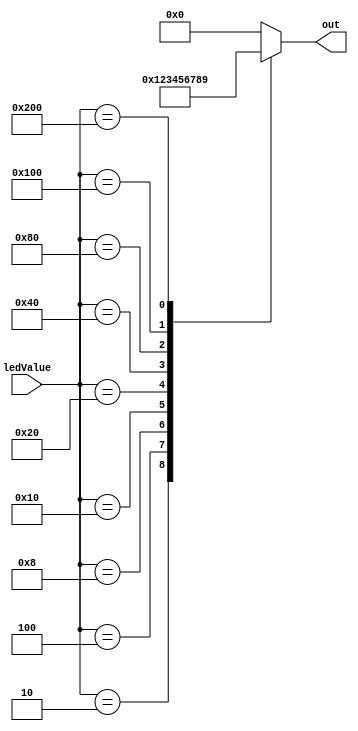
/*
   This file was generated automatically by Alchitry Labs version 1.2.0.
   Do not edit this file directly. Instead edit the original Lucid source.
   This is a temporary file and any changes made to it will be destroyed.
*/

module conversionAnswerLed_1 (
    input [9:0] ledValue,
    output reg [3:0] out
  );
  
  
  
  always @* begin
    
    case (ledValue)
      10'h001: begin
        out = 1'h0;
      end
      10'h002: begin
        out = 1'h1;
      end
      10'h004: begin
        out = 2'h2;
      end
      10'h008: begin
        out = 2'h3;
      end
      10'h010: begin
        out = 3'h4;
      end
      10'h020: begin
        out = 3'h5;
      end
      10'h040: begin
        out = 3'h6;
      end
      10'h080: begin
        out = 3'h7;
      end
      10'h100: begin
        out = 4'h8;
      end
      10'h200: begin
        out = 4'h9;
      end
      default: begin
        out = 1'h0;
      end
    endcase
  end
endmodule